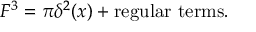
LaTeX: F ^ { 3 } = \pi \delta ^ { 2 } ( x ) + \mathrm { r e g u l a r \ t e r m s } .